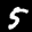
Label: 5